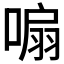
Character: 𭉮